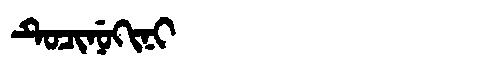
Manchu: ᡨᡠᠴᡳᠨᡠᡴᡳᠨᡳ
Romanization: TUCINUKINI